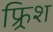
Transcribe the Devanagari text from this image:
फ्र्रिश